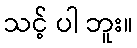
သင့် ပါ ဘူး။